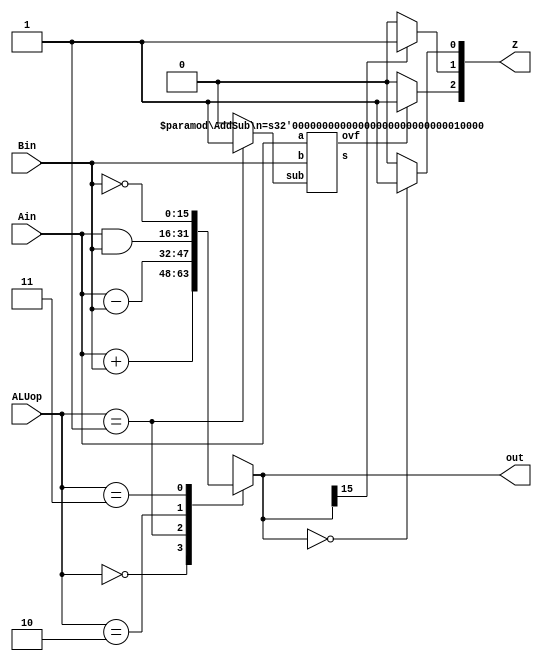
module ALU(Ain, Bin, ALUop, out, Z); // Arithmetic Logic Unit Module
input [15:0] Ain, Bin; // Inputs
input [1:0] ALUop; // Determines operation to be made on Ain and Bin
output reg [15:0] out; // output value of operation
output [2:0] Z; // Used for status block

// Declared for lab 6/7/8 to be used to check for overflow
wire ovf, sub;
wire [15:0] s;

    always @(*) begin // Checks ALUop value and performs operations accordingly
        case (ALUop)
            2'b00: out = Ain + Bin; // Adds inputs
            2'b01: out = Ain - Bin; // subtracts inputs
            2'b10: out = Ain & Bin; // ANDs inputs
            2'b11: out = ~Bin; // NOTs Bin
            default: out = 16'bxxxxxxxxxxxxxxxx; // Default out value to avoid latches
        endcase
    end

    // Lab 6 onwards overflow check
    AddSub #(16) ovfcheck(Ain, Bin, sub, s, ovf);
    assign sub = ALUop == 2'b01 ? 1'b1: 1'b0; // assigns sub to approptiate value (1 if ALUop == 01, otherwise 0)

    // Updated Z values for lab 6 onwards MIGHT BE INCORRECT
    assign Z[0] = out == 16'b0 ? 1'b1 : 1'b0; // Z to be used for status block
    assign Z[1] = out[15] == 1'b1 ? 1'b1 : 1'b0; // negative flag, set to 1 if MSB of out == 1
    assign Z[2] = ovf == 1'b1 ? 1'b1 : 1'b0; // overflow flag, set to 1 if overflow in computation

endmodule

module AddSub(a, b, sub, s, ovf); // Used primarily to calculate overflow for Z[2] (Taken from slide-set 6)
  parameter n = 8 ;
  input [n-1:0] a, b ;
  input sub;           // subtract if sub=1, otherwise add
  output [n-1:0] s ;
  output ovf ;          // 1 if overflow
  wire c1, c2 ;         // carry out of last two bits
  wire ovf = c1 ^ c2 ;  // overflow if signs don't match

  // add non sign bits
  Adder #(n-1) ai(a[n-2:0],b[n-2:0]^{n-1{sub}},sub,c1,s[n-2:0]);
  // add sign bits
  Adder #(1) as(a[n-1],b[n-1]^sub,c1,c2,s[n-1]);
endmodule

module Adder(a, b, cin, cout, s); // Used within AddSub to calculate overflow for Z[2] (Taken from slide-set 6)
  parameter n = 8 ;
  input [n-1:0] a, b ;
  input cin ;
  output [n-1:0] s ;
  output cout ;
  wire [n-1:0] s;
  wire cout ;

  assign {cout, s} = a + b + cin;
endmodule